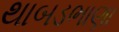
થાબડભાણા